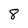
Character: 8